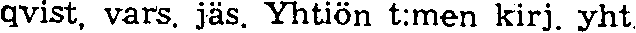
qvist, vars. jäs. Yhtiön t:men kirj. yht.